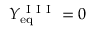
Y _ { \mathrm { e q } } ^ { \mathrm { ~ I ~ I ~ I ~ } } = 0